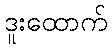
ဒူးထောက်